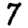
Digit: 7